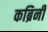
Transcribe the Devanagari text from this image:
कब्रिनी